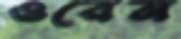
ওরেন